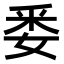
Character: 𮡎